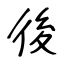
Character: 後